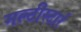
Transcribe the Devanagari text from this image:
मल्टीस्टार्र